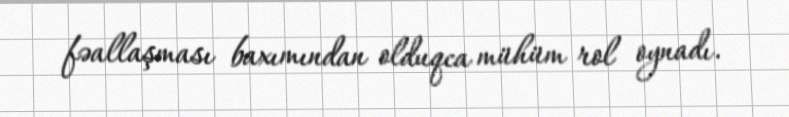
fəallaşması baxımından olduqca mühüm rol oynadı.